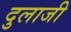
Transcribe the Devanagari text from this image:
दुलाजी